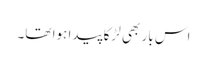
اس بار بھی لڑکا پیدا ہوا تھا۔